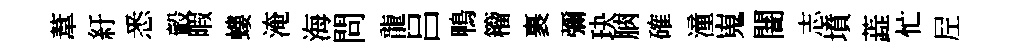
葦紆悉轂暇螻淹海問龍吕鴨籕裹彌玦朒確潼嵬闇志墳蕋忙𡰱